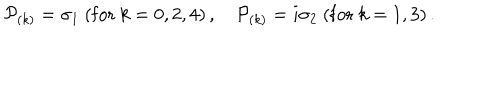
LaTeX: { \cal P } _ { ( k ) } = \sigma _ { 1 } \ ( \mathrm { f o r } \ k = 0 , 2 , 4 ) \, , \quad { \cal P } _ { ( k ) } = i \sigma _ { 2 } \ ( \mathrm { f o r } \ k = 1 , 3 ) \, .